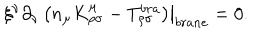
\left. \xi ^ { \nu } \partial _ { \nu } \left( n _ { \mu } K _ { \rho \sigma } ^ { \mu } - T _ { \rho \sigma } ^ { b r a } \right) \right| _ { b r a n e } = 0 .